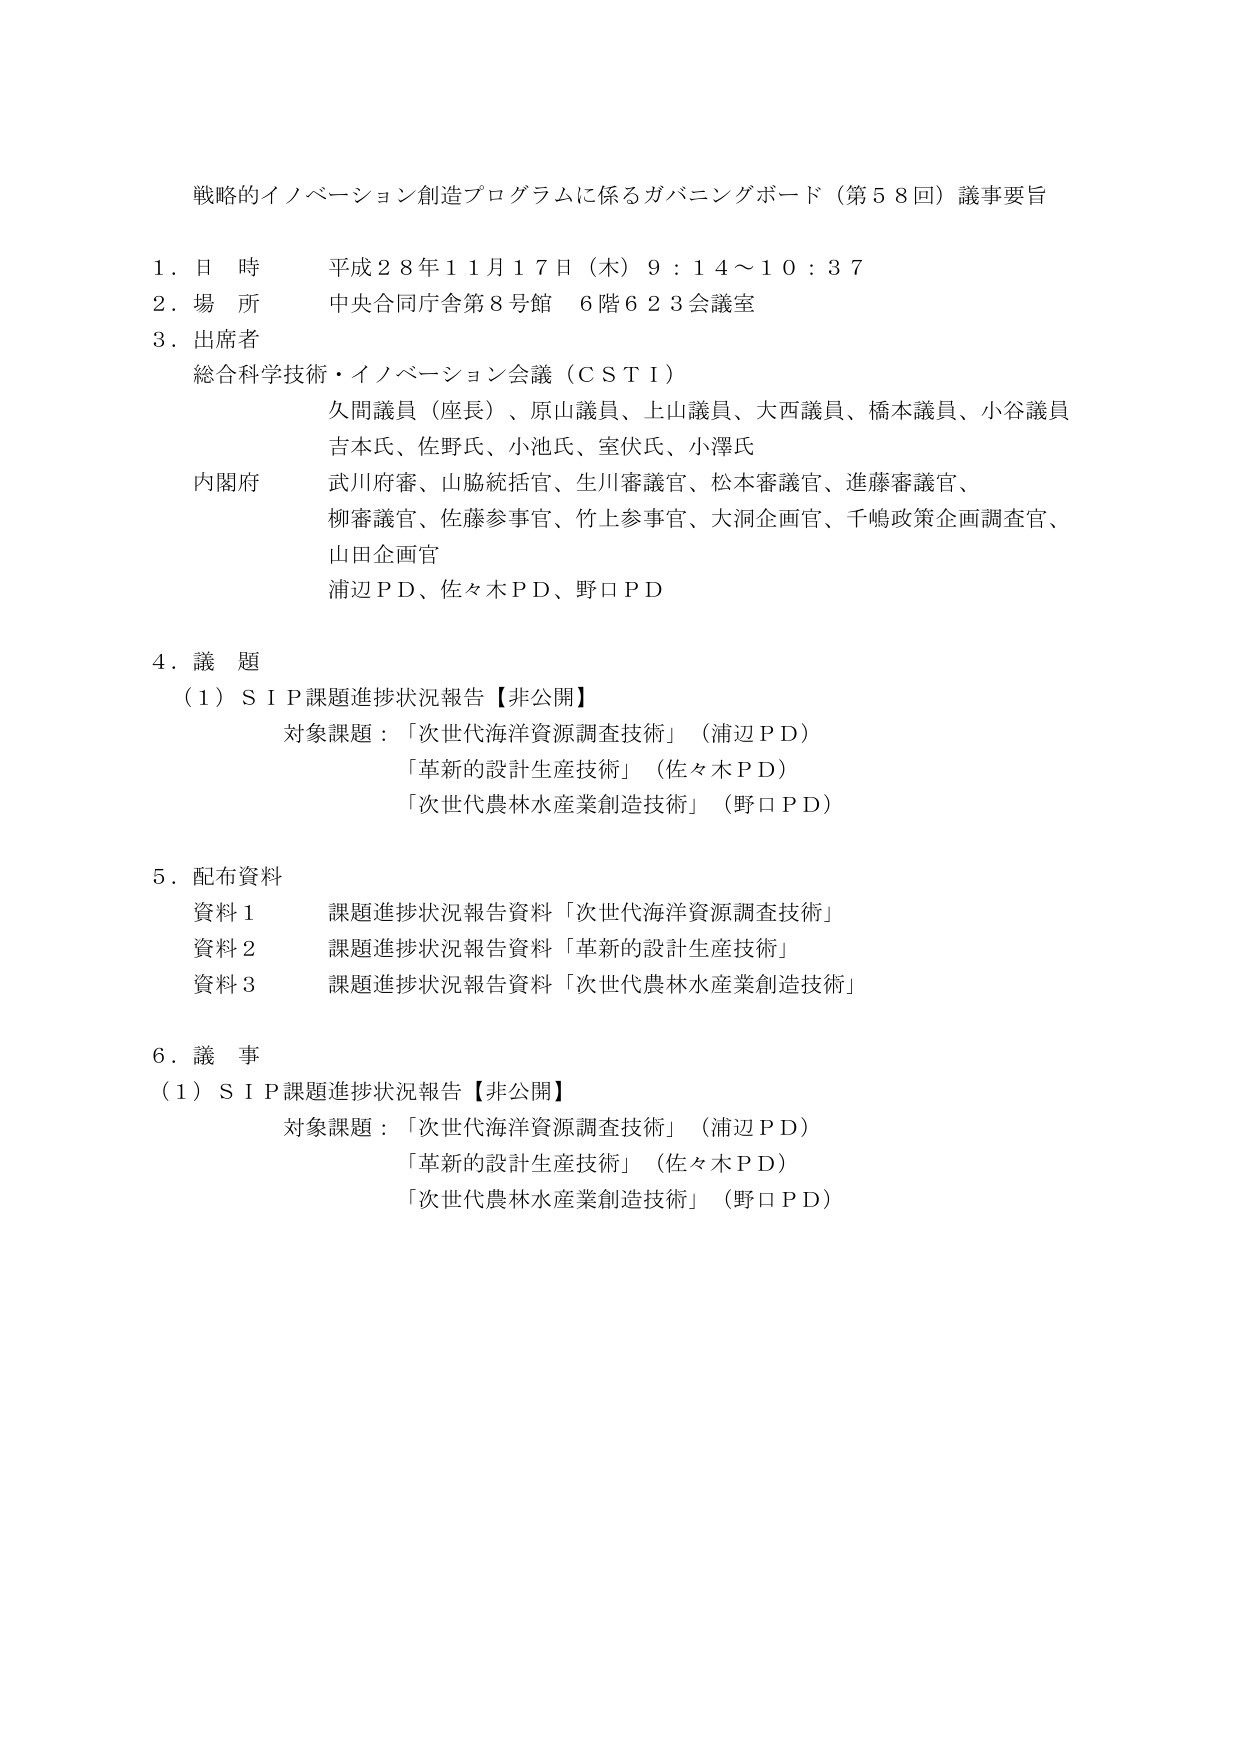
戦略的イノベーション創造プログラムに係るガバニングボード（第５８回）議事要旨

１．日 時 平成２８年１１月１７日（木）９：１４～１０：３７
２．場 所 中央合同庁舎第８号館 ６階６２３会議室
３．出席者
　　総合科学技術・イノベーション会議（ＣＳＴＩ）
　　　久間議員（座長）、原山議員、上山議員、大西議員、橋本議員、小谷議員
　　　吉本氏、佐野氏、小池氏、室伏氏、小澤氏
　　内閣府
　　　武川府審、山脇統括官、生川審議官、松本審議官、進藤審議官、
　　　柳審議官、佐藤参事官、竹上参事官、大洞企画官、千嶋政策企画調査官、
　　　山田企画官
　　　浦辺ＰＤ、佐々木ＰＤ、野口ＰＤ

４．議 題
　（１）ＳＩＰ課題進捗状況報告【非公開】
　　　対象課題：「次世代海洋資源調査技術」（浦辺ＰＤ）
　　　　　　　　「革新的設計生産技術」（佐々木ＰＤ）
　　　　　　　　「次世代農林水産業創造技術」（野口ＰＤ）

５．配布資料
　　資料１　課題進捗状況報告資料「次世代海洋資源調査技術」
　　資料２　課題進捗状況報告資料「革新的設計生産技術」
　　資料３　課題進捗状況報告資料「次世代農林水産業創造技術」

６．議 事
　（１）ＳＩＰ課題進捗状況報告【非公開】
　　　対象課題：「次世代海洋資源調査技術」（浦辺ＰＤ）
　　　　　　　　「革新的設計生産技術」（佐々木ＰＤ）
　　　　　　　　「次世代農林水産業創造技術」（野口ＰＤ）